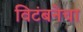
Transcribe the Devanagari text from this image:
विटंबनेचा